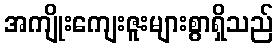
အကျိုးကျေးဇူးများစွာရှိသည်